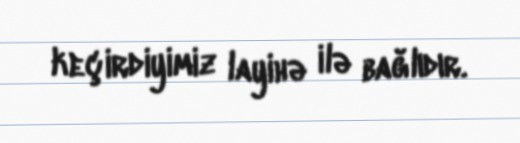
keçirdiyimiz layihə ilə bağlıdır.